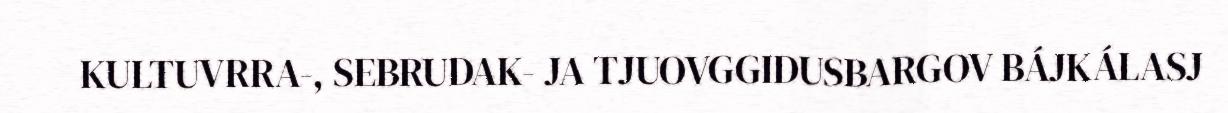
KULTUVRRA-, SEBRUDAK- JA TJUOVGGIDUSBARGOV BÁJKÁLASJ